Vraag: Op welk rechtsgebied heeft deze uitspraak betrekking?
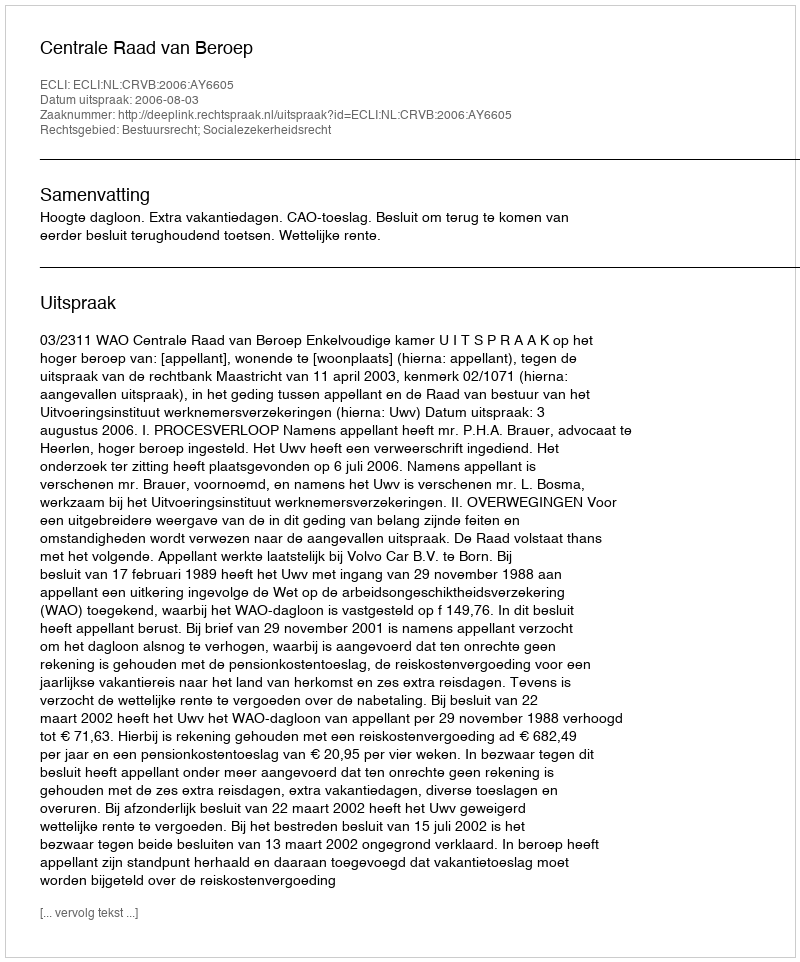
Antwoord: Bestuursrecht; Socialezekerheidsrecht